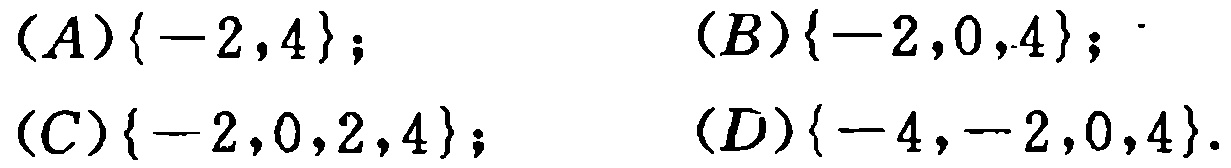
\((A)\{-2,4\}; \quad (B)\{-2,0,4\}; \\
(C)\{-2,0,2,4\}; \quad (D)\{-4,-2,0,4\}.\)